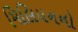
મિલિયનનો